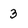
Character: 3